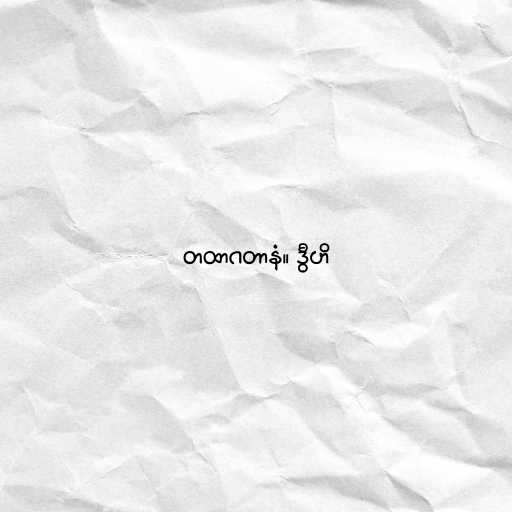
တထာဂတာနံ။ ဒွီဟိ